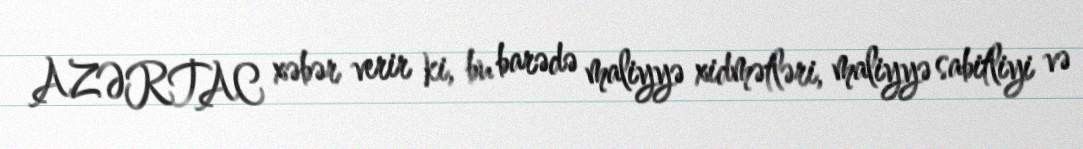
AZƏRTAC xəbər verir ki, bu barədə maliyyə xidmətləri, maliyyə sabitliyi və